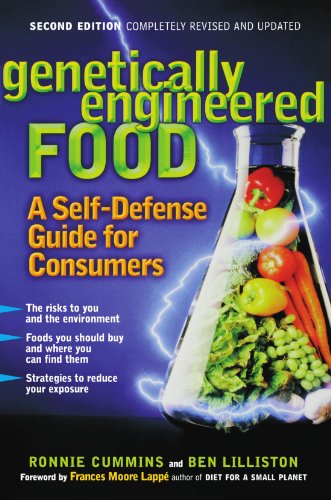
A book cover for Genetically Engineered Food: A Self-Defense Guide for Consumers; Ronnie Cummins; Health, Fitness & Dieting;